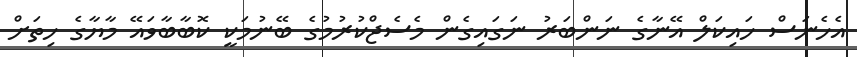
އެހެނަސް ހައިކަލް އޭނާގެ ނަންބަރު ނަގައިގެން މެސެޖްކުރުމުގެ ބޭނުމަކީ ކޮބާބާވައޭ މާޔާގެ ހިތަށް